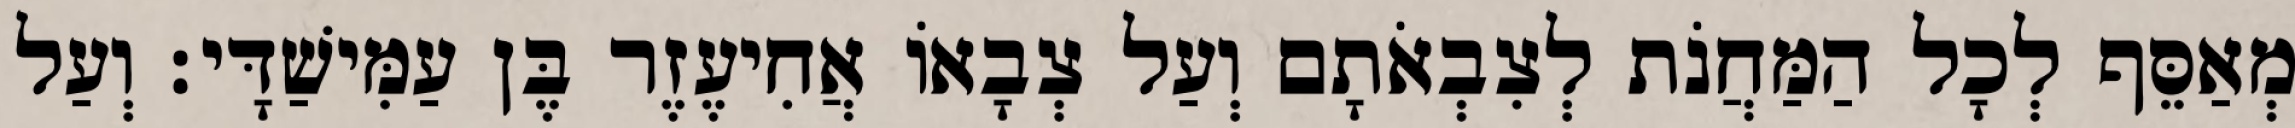
מְאַסֵּף לְכָל הַמַּחֲנֹת לְצִבְאֹתָם וְעַל צְבָאוֹ אֲחִיעֶזֶר בֶּן עַמִּישַׁדָּי׃ וְעַל